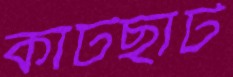
কাটছাঁট